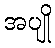
အပျို